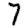
Digit: 7